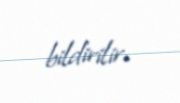
bildirilir.